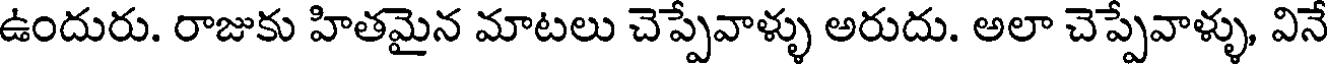
ఉందురు. రాజుకు హితమైన మాటలు చెప్పేవాళ్ళు అరుదు. అలా చెప్పేవాళ్ళు, వినే